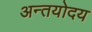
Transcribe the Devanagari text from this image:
अन्तयोदय